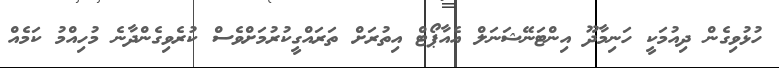
ހުޅުވިގެން ދިއުމަކީ ހަނިމާދޫ އިންޓަނޭޝަނަލް އެއާޕޯޓް އިތުރަށް ތަރައްގީކުރުމަށްވެސް ކުރެވިގެންދާނެ މުހިއްމު ކަމެއް